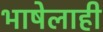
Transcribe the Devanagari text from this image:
भाषेलाही